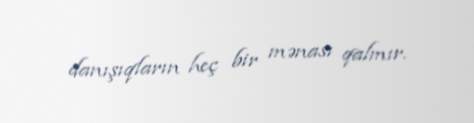
danışıqların heç bir mənası qalmır.